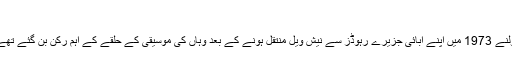
‘
اولنے 1973 میں اپنے آبائی جزیرے رہوڈز سے نیش ویل منتقل ہونے کے بعد وہاں کی موسیقی کے حلقے کے اہم رکن بن گئے تھے۔